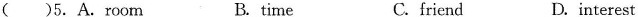
( )5.A.Room B. time C. friend D.interest